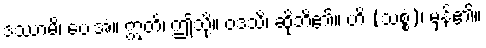
ဒဿာမိ၊ ပေးအံ့။ ဣတိ၊ ဤသို့။ ဝဒသိ၊ ဆိုဘိ၏။ ဟိ (သစ္စံ)၊ မှန်၏။